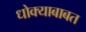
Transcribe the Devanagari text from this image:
धोक्याबाबत